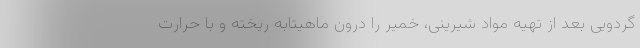
گردویی بعد از تهیه مواد شیرینی، خمیر را درون ماهیتابه ریخته و با حرارت